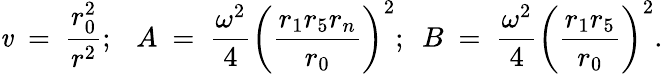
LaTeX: \mathit{v}~=~{\frac{{r_{0}^{2}}}{{r^{2}}}};~~~A~=~{\frac{{\omega^{2}}}{{4}}}\left({\frac{{r_{1}r_{5}r_{n}}}{{r_{0}}}}\right)^{2};~~B~=~{\frac{{\omega^{2}}}{{4}}}\left({\frac{{r_{1}r_{5}}}{{r_{0}}}}\right)^{2}.